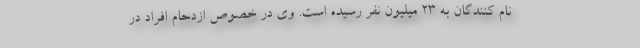
نام کنندگان به 23 میلیون نفر رسیده است. وی در خصوص ازدحام افراد در